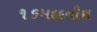
૧૬મદદનીશ